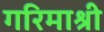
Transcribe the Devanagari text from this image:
गरिमाश्री